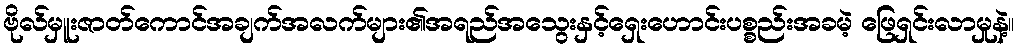
ဗိုလ်မှူးဇာတ်ကောင်အချက်အလက်များ၏အရည်အသွေးနှင့်ရှေးဟောင်းပစ္စည်းအခမဲ့ ဖြေရှင်းလာမှုနဲ့။